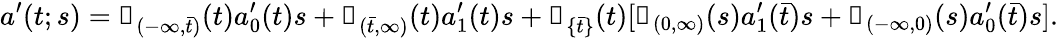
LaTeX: a^{\prime}(t;s)=\mathbb{1}_{(-\infty,\bar{t})}(t)a_{0}^{\prime}(t)s+\mathbb{1}_{(\bar{t},\infty)}(t)a_{1}^{\prime}(t)s+\mathbb{1}_{\{ \bar{t}\} }(t)[\mathbb{1}_{(0,\infty)}(s)a_{1}^{\prime}(\bar{t})s+\mathbb{1}_{(-\infty,0)}(s)a_{0}^{\prime}(\bar{t})s].